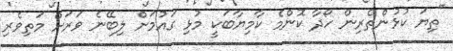
"ތިޔަ ކުޅުންތެރިން ހޯދާ ކޮންމެ ކާމިޔާބަކީ މުޅި ގައުމަށް ލިބޭނެ ވަރަށް މަތިވެރި